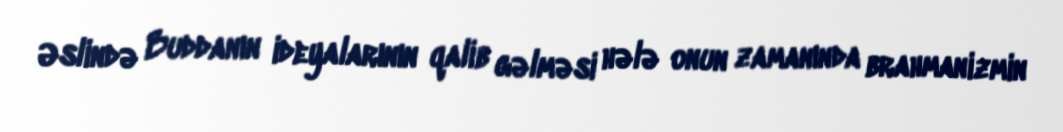
Əslində Buddanın ideyalarının qalib gəlməsi hələ onun zamanında brahmanizmin